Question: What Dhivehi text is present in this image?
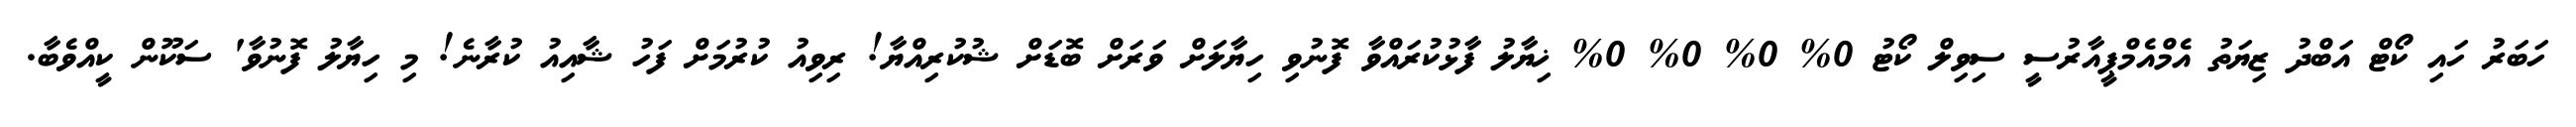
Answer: ހަބަރު ހައި ކޯޓް އަބްދު ޒިޔަތު އެމްއެމްޕީއާރުސީ ސިވިލް ކޯޓު 0% 0% 0% 0% ޚިޔާލު ފާޅުކުރައްވާ ފޮނުވި ހިޔާލަށް ވަރަށް ބޮޑަށް ޝުކުރިއްޔާ! ރިވިއު ކުރުމަށް ފަހު ޝާއިއު ކުރާނެ! މި ހިޔާލު ފޮނުވާ' ސަކޫން ކީއްވެބާ.